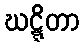
ဃဋ္ဋိတာ